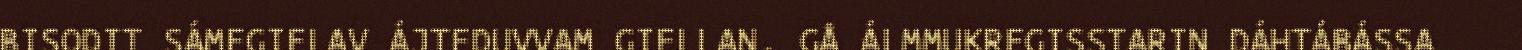
BISODIT SÁMEGIELAV ÁJTEDUVVAM GIELLAN. GÅ ÁLMMUKREGISSTARIN DÁHTÁBÁSSA